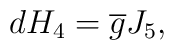
dH_4 = \overline{g} J_5,